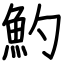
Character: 魡